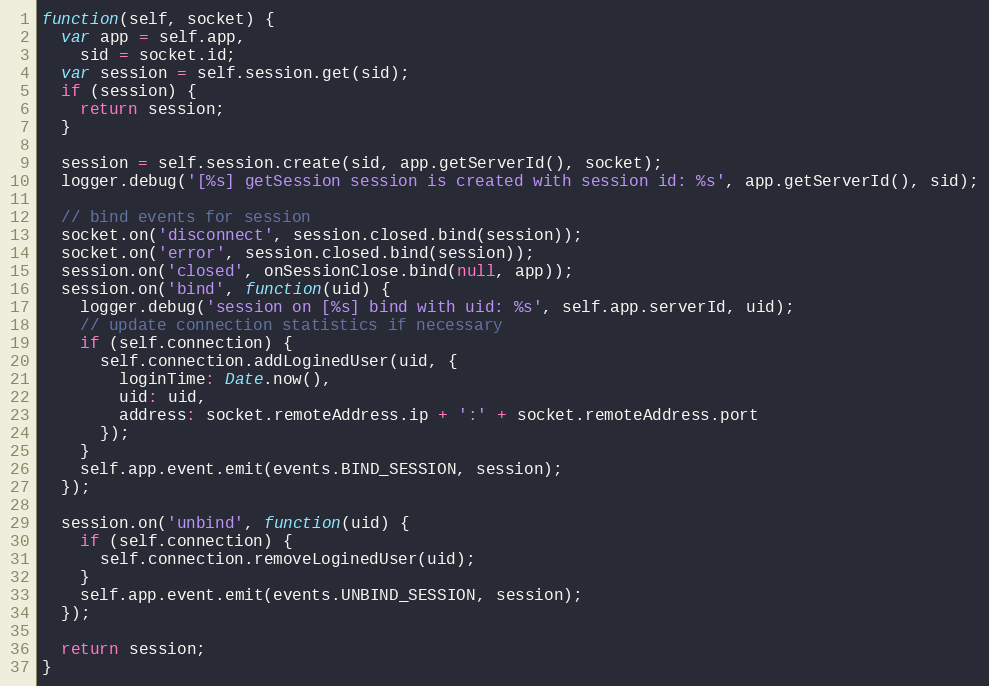
Language: JavaScript
function(self, socket) {
  var app = self.app,
    sid = socket.id;
  var session = self.session.get(sid);
  if (session) {
    return session;
  }

  session = self.session.create(sid, app.getServerId(), socket);
  logger.debug('[%s] getSession session is created with session id: %s', app.getServerId(), sid);

  // bind events for session
  socket.on('disconnect', session.closed.bind(session));
  socket.on('error', session.closed.bind(session));
  session.on('closed', onSessionClose.bind(null, app));
  session.on('bind', function(uid) {
    logger.debug('session on [%s] bind with uid: %s', self.app.serverId, uid);
    // update connection statistics if necessary
    if (self.connection) {
      self.connection.addLoginedUser(uid, {
        loginTime: Date.now(),
        uid: uid,
        address: socket.remoteAddress.ip + ':' + socket.remoteAddress.port
      });
    }
    self.app.event.emit(events.BIND_SESSION, session);
  });

  session.on('unbind', function(uid) {
    if (self.connection) {
      self.connection.removeLoginedUser(uid);
    }
    self.app.event.emit(events.UNBIND_SESSION, session);
  });

  return session;
}